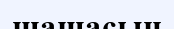
шашасын